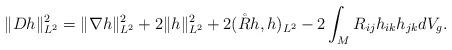
LaTeX: \begin{align*} \|Dh\|_{L^2}^2=\|\nabla h\|_{L^2}^2+2\| h\|_{L^2}^2+2(\mathring{R}h,h)_{L^2}-2\int_M R_{ij}h_{ik}h_{jk} dV_g. \end{align*}